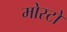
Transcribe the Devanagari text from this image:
मोस्टो